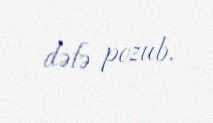
dəfə pozub.